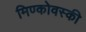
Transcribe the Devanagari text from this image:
मिण्कोवस्की